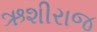
ઋશીરાજ